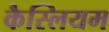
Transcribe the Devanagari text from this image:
कैस्लियम